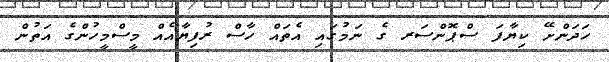
ހަދަންށޭ ކިޔާފަ ސްޕޮންސަރ ގެ ނަމުގައި އެތައް ހާސް ރުފިޔާއެއް މީސްމީހުންގެ އަތުން